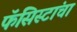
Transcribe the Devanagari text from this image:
फॅसिस्टांचा